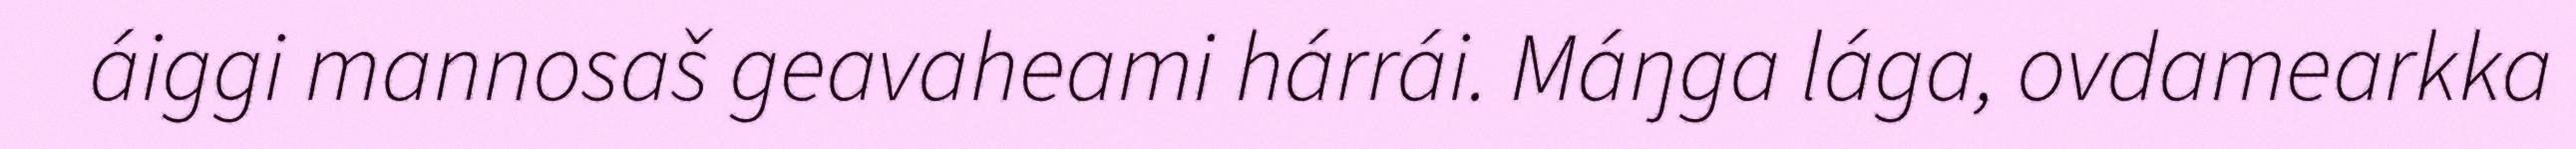
áiggi mannosaš geavaheami hárrái. Máŋga lága, ovdamearkka